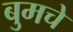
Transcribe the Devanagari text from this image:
बुमचे